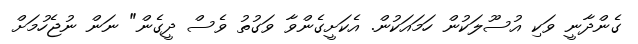
ގެންދާނީ ވަކި އުސޫލަކުން ހަމައަކުން. އެކަށީގެންވާ ވަގުތު ވެސް ދީގެން" ނަން ނުޖެހުމަށް